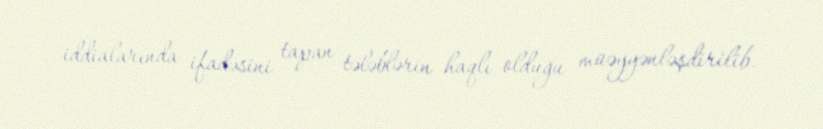
iddialarında ifadəsini tapan tələblərin haqlı olduğu müəyyənləşdirilib.